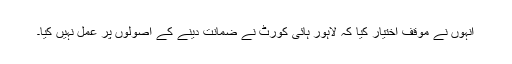
انہوں نے موقف اختیار کیا کہ لاہور ہائی کورٹ نے ضمانت دینے کے اصولوں پر عمل نہیں کیا۔